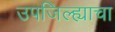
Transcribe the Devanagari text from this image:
उपजिल्ह्याचा